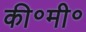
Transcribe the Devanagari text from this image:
की॰मी॰